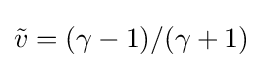
{\tilde {v}}=(\gamma -1)/(\gamma +1)